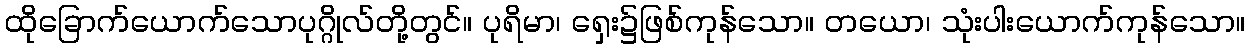
ထိုခြောက်ယောက်သောပုဂ္ဂိုလ်တို့တွင်။ ပုရိမာ၊ ရှေး၌ဖြစ်ကုန်သော။ တယော၊ သုံးပါးယောက်ကုန်သော။